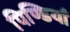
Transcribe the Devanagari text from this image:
पिण्डियाँ